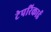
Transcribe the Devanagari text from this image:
टेपरिकार्ड